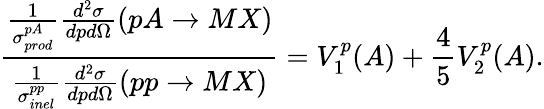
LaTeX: \frac{\frac{1}{\sigma_{prod}^{pA}}\frac{d^{2}\sigma}{dpd\Omega}(pA\rightarrow MX)}{\frac{1}{\sigma_{inel}^{pp}}\frac{d^{2}\sigma}{dpd\Omega}(pp\rightarrow MX)}=V_{1}^{p}(A)+\frac{4}{5}V_{2}^{p}(A).